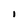
Character: I